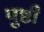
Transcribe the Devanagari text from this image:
पुष्ठी